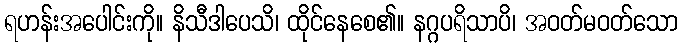
ရဟန်းအပေါင်းကို။ နိသီဒါပေသိ၊ ထိုင်နေစေ၏။ နဂ္ဂပရိသာပိ၊ အဝတ်မဝတ်သော